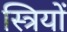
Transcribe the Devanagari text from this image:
स्त्रियों